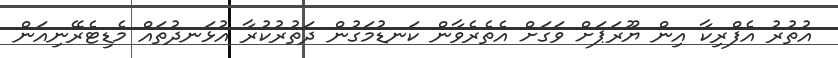
އުތުރު އެފްރިކާ އިން ޔޫރަޕަށް ވަގަށް އެތެރެވާން ކަނޑުމަގުން ދަތުރުކުރާ އުޅަނދުތައް މެޑިޓެރޭނިއަން